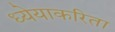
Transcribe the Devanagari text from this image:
ध्येयाकरिता